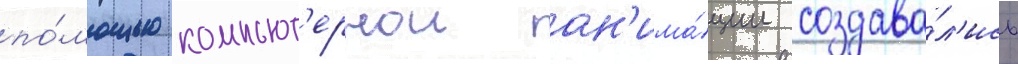
по́мощью компьют'ернои ан'има́ции создава́л'ись